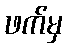
ဖက်မှ